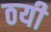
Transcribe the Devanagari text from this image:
ठयी